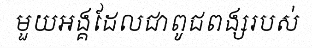
មួយអង្គដែលជាពូជពង្សរបស់